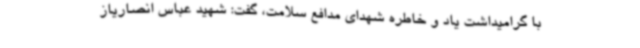
با گرامیداشت یاد و خاطره شهدای مدافع سلامت، گفت: شهید عباس انصاریاز